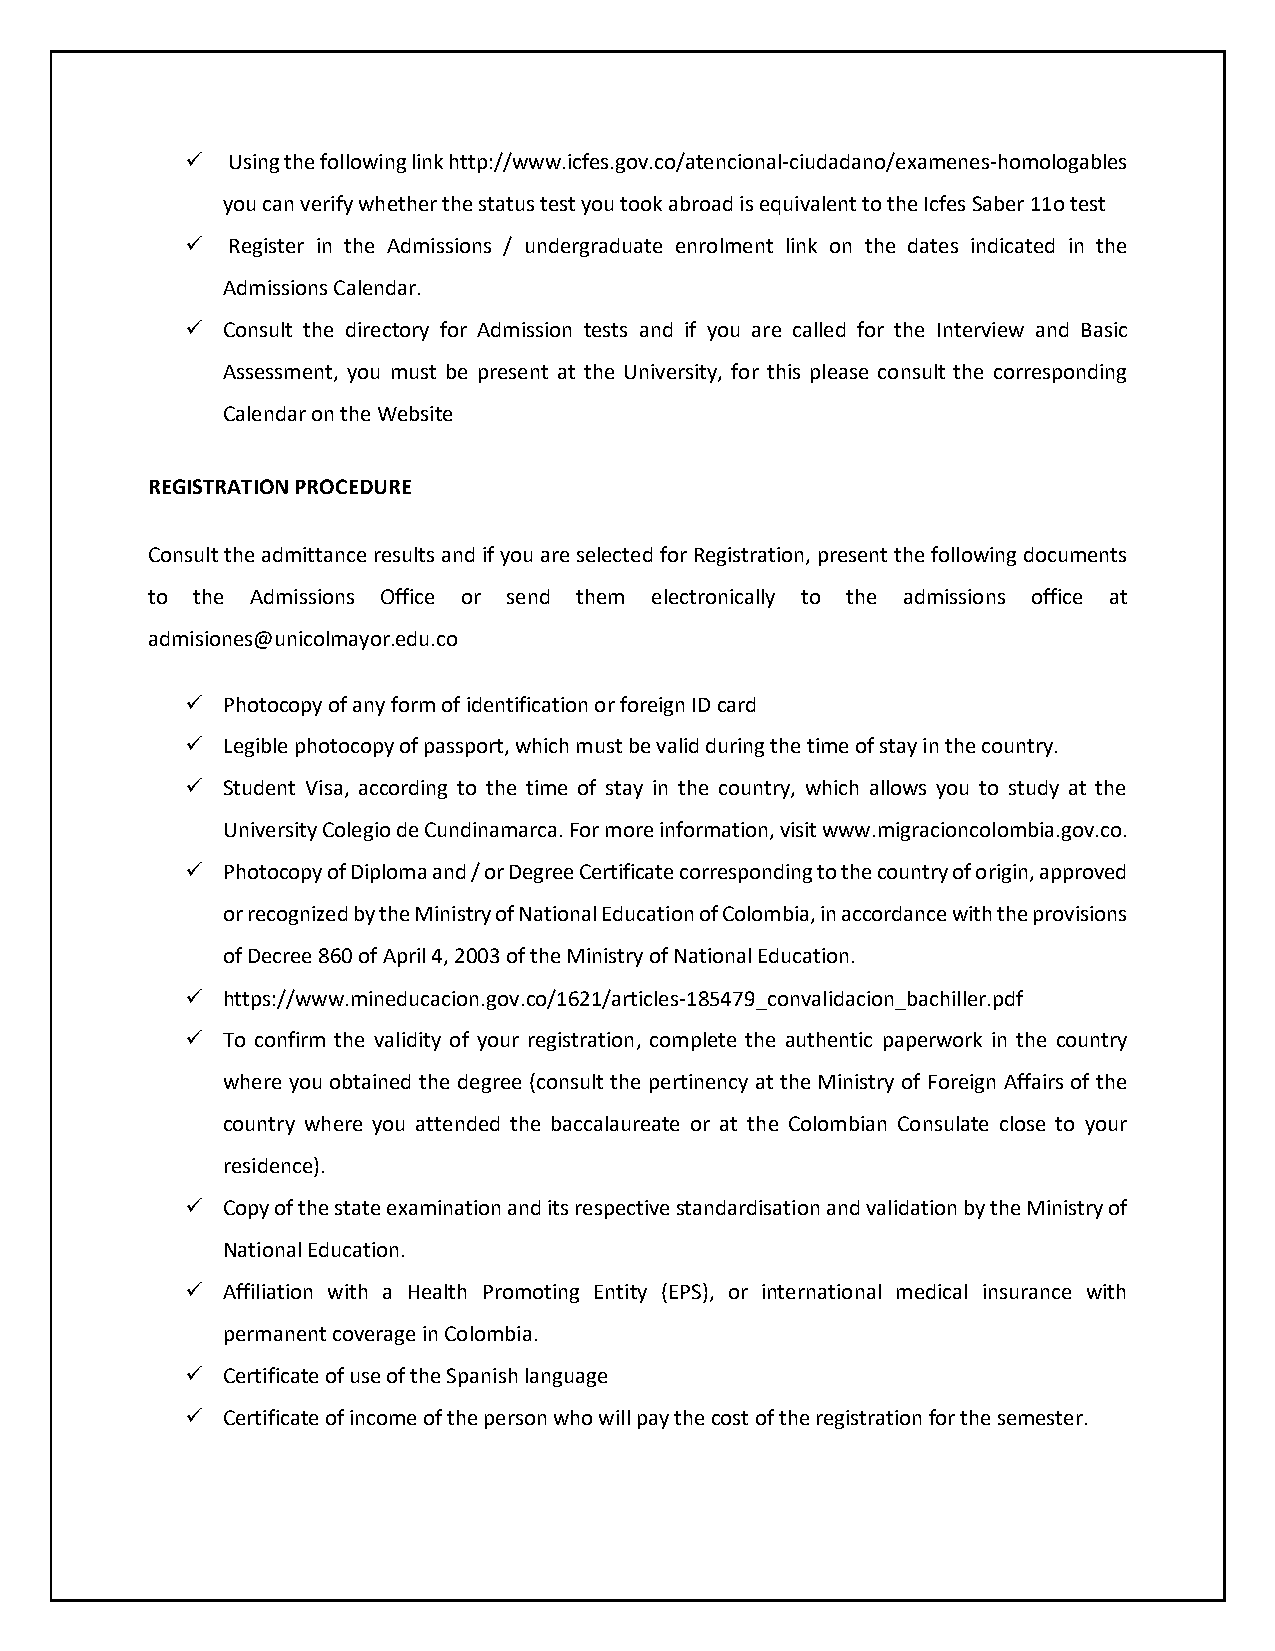
  Using the following link http://www.icfes.gov.co/atencional-ciudadano/examenes-homologables
 you can verify whether the status test you took abroad is equivalent to the Icfes Saber 11o test
   Register in the Admissions / undergraduate enrolment link on the dates indicated in the
 Admissions Calendar.
   Consult the directory for Admission tests and if you are called for the Interview and Basic
 Assessment, you must be present at the University, for this please consult the corresponding
 Calendar on the Website
 REGISTRATION PROCEDURE
 Consult the admittance results and if you are selected for Registration, present the following documents
 to the Admissions Office or send them electronically to the admissions office at
 admisiones@unicolmayor.edu.co
   Photocopy of any form of identification or foreign ID card
   Legible photocopy of passport, which must be valid during the time of stay in the country.
   Student Visa, according to the time of stay in the country, which allows you to study at the
 University Colegio de Cundinamarca. For more information, visit www.migracioncolombia.gov.co.
   Photocopy of Diploma and / or Degree Certificate corresponding to the country of origin, approved
 or recognized by the Ministry of National Education of Colombia, in accordance with the provisions
 of Decree 860 of April 4, 2003 of the Ministry of National Education.
   https://www.mineducacion.gov.co/1621/articles-185479_convalidacion_bachiller.pdf
   To confirm the validity of your registration, complete the authentic paperwork in the country
 where you obtained the degree (consult the pertinency at the Ministry of Foreign Affairs of the
 country where you attended the baccalaureate or at the Colombian Consulate close to your
 residence).
   Copy of the state examination and its respective standardisation and validation by the Ministry of
 National Education.
   Affiliation with a Health Promoting Entity (EPS), or international medical insurance with
 permanent coverage in Colombia.
   Certificate of use of the Spanish language
   Certificate of income of the person who will pay the cost of the registration for the semester.